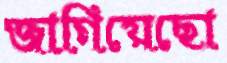
জাগিয়েছো